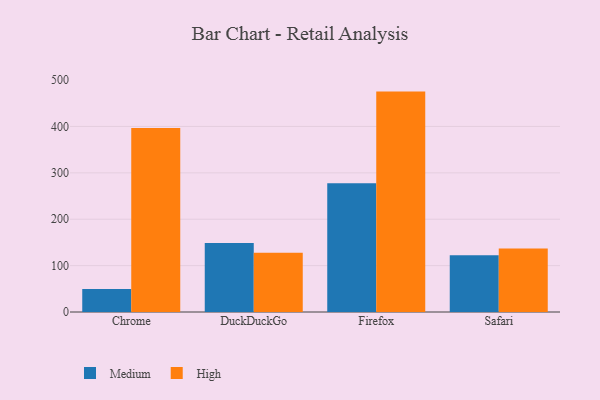
{"axis": {"x": "Browser", "y": "Customer Acquisition Cost (USD)"}, "legend": ["High", "Medium"], "data": [{"x": "Chrome", "y": 49.6, "type": "Medium"}, {"x": "Chrome", "y": 396.4, "type": "High"}, {"x": "DuckDuckGo", "y": 148.9, "type": "Medium"}, {"x": "DuckDuckGo", "y": 127.5, "type": "High"}, {"x": "Firefox", "y": 277.8, "type": "Medium"}, {"x": "Firefox", "y": 475.1, "type": "High"}, {"x": "Safari", "y": 122.3, "type": "Medium"}, {"x": "Safari", "y": 136.7, "type": "High"}]}